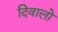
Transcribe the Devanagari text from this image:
दिवालो